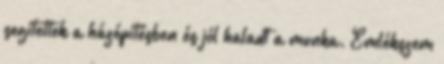
segítettek a házépítésben és jól haladt a munka. Emlékszem